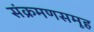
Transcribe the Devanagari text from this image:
संक्रमणसमूह